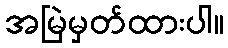
အမြဲမှတ်ထားပါ။